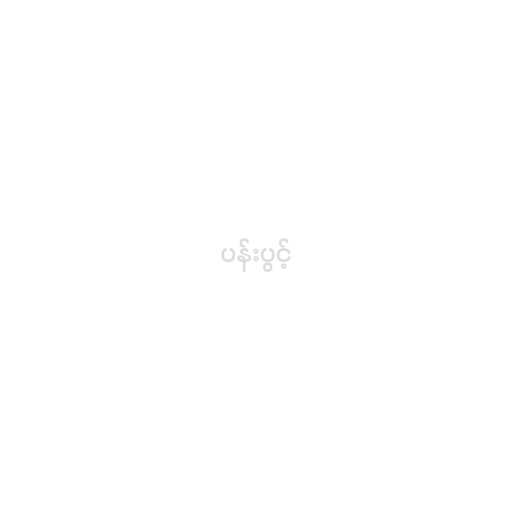
ပန်းပွင့်